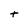
Character: t